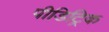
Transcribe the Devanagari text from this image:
पीडिट्रिक